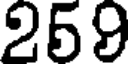
259